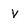
Character: V